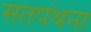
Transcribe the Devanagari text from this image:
सतपंथना